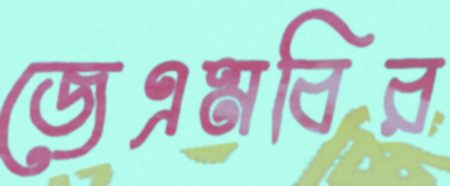
জেএমবির